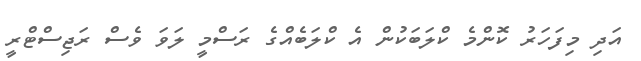
އަދި މިފަހަރު ކޮންމެ ކްލަބަކުން އެ ކްލަބެއްގެ ރަސްމީ ލަވަ ވެސް ރަޖިސްޓްރީ